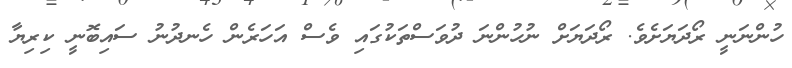
ހުންނަނީ ރޯދަޔަށެވެ. ރޯދަޔަށް ނުހުންނަ ދުވަސްތަކުގައި ވެސް އަހަރެން ހެނދުނު ސައިބޮނީ ކިރިޔާ